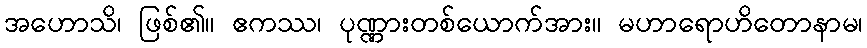
အဟောသိ၊ ဖြစ်၏။ ဧကဿ၊ ပုဏ္ဏားတစ်ယောက်အား။ မဟာရောဟိတောနာမ၊